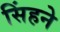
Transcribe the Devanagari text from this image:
सिंहने